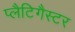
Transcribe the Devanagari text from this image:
प्लैटिगैस्टर